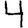
Digit: 4